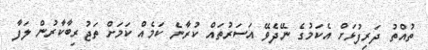
ތުއްތު ދަރިފުޅަށް އެކަމުގެ ނޭދެވޭ އަސަރުތައް ކުރާނެ ކަމެއް ކަމަށް ތަޖުރިބާކާރުން ލަފާ